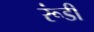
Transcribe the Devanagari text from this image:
रूंडी